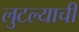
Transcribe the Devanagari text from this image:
लुटल्याची